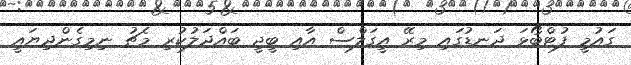
ގައުމީ ފުޓްބޯޅަ ދަނޑުގައި މިރޭ އީގަލްސް އާއި ބީޖީ ބައްދަލުކުރި މެޗު ނިމިގެންދިޔައީ